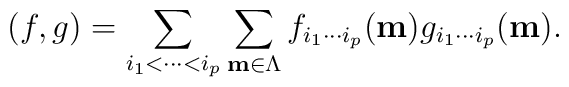
(f,g) = \sum_{i_{1} < \cdots  < i_{p} } \sum_{{\bf m} \in \Lambda  }f_{i_{1} \cdots i_{p} } ({\bf m}) g_{i_{1} \cdots i_{p} } ({\bf m}) .